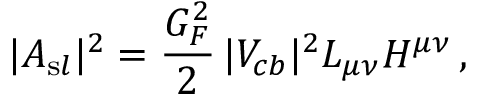
| A _ { \mathrm s l } | ^ { 2 } = \frac { G _ { F } ^ { 2 } } { 2 } \, | V _ { c b } | ^ { 2 } L _ { \mu \nu } H ^ { \mu \nu } \, ,